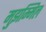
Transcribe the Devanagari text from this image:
मुझम्मिल